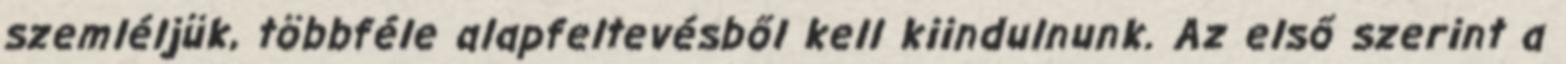
szemléljük, többféle alapfeltevésből kell kiindulnunk. Az első szerint a